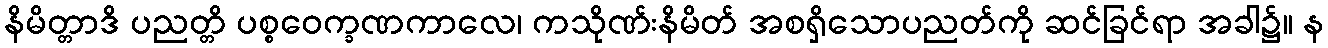
နိမိတ္တာဒိ ပညတ္တိ ပစ္စဝေက္ခဏကာလေ၊ ကသိုဏ်းနိမိတ် အစရှိသောပညတ်ကို ဆင်ခြင်ရာ အခါ၌။ န